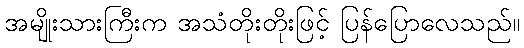
အမျိုးသားကြီးက အသံတိုးတိုးဖြင့် ပြန်ပြောလေသည်။